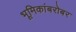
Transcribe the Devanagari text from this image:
भूमिकांबरोबर